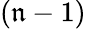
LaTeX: (\mathfrak{n}-1)